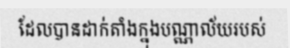
ដែលបានដាក់តាំងក្នុងបណ្ណាល័យរបស់